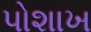
પોશાખ